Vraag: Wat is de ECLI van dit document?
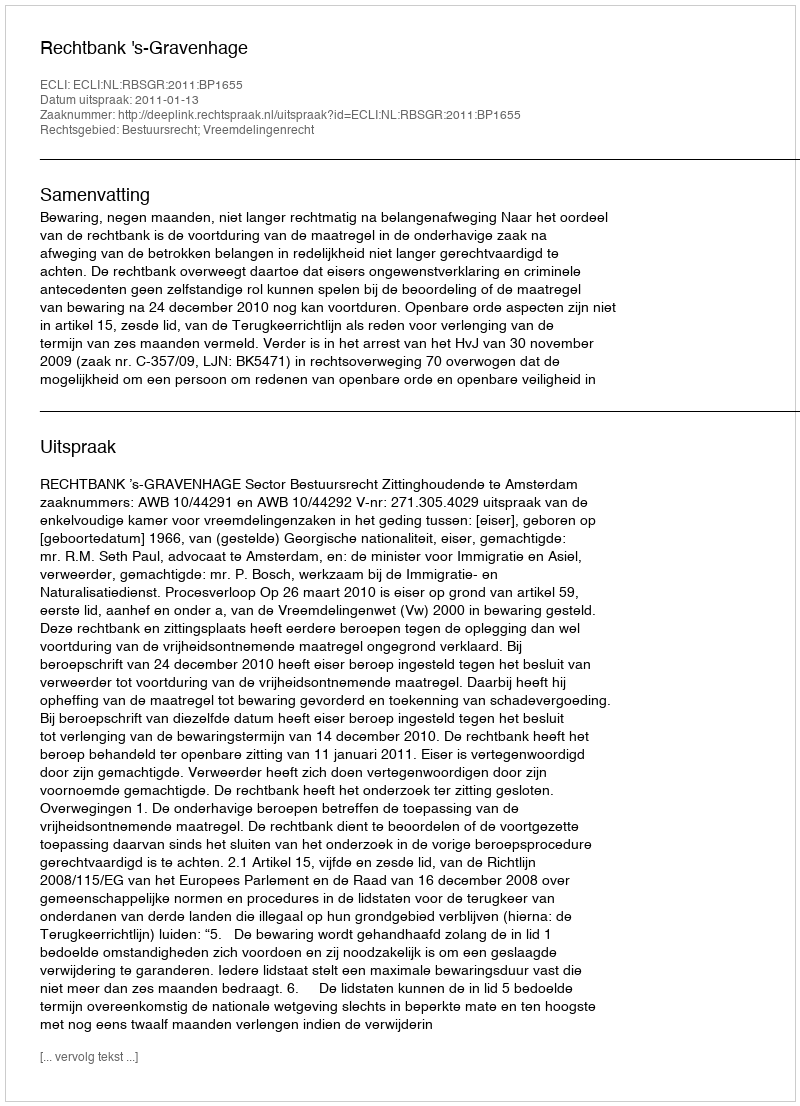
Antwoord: ECLI:NL:RBSGR:2011:BP1655